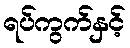
ရပ်ကွက်နှင့်